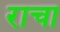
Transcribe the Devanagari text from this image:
राचा